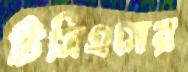
টিসিএসের